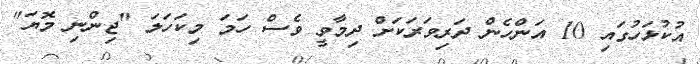
އުކުޅަހުގައި 10 އަންހެން ދަރިވަރަކަށް ދިމާވީ ވެސް ހަމަ މިކަހަލަ "ޖިންނި މޮޔަ"